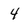
Character: 4